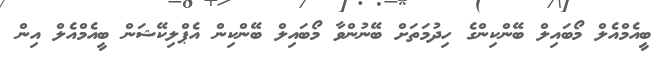
ބީއެމްއެލް މޯބައިލް ބޭންކިންގެ ހިދުމަތަށް ބޭނުންވާ މޯބައިލް ބޭންކިން އެޕްލިކޭޝަން ބީއެމްއެލް އިން